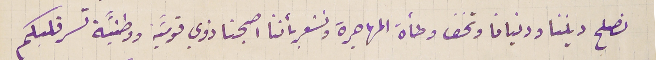
نصلح ديننا ودنيانا وتخف وطأة المهاجرة ونشعر بأننا اصبحنا ذوي قوميَّة ووطنيَّة تسر قلبكم